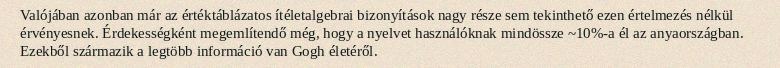
Valójában azonban már az értéktáblázatos ítéletalgebrai bizonyítások nagy része sem tekinthető ezen értelmezés nélkül érvényesnek. Érdekességként megemlítendő még, hogy a nyelvet használóknak mindössze ~10%-a él az anyaországban. Ezekből származik a legtöbb információ van Gogh életéről.